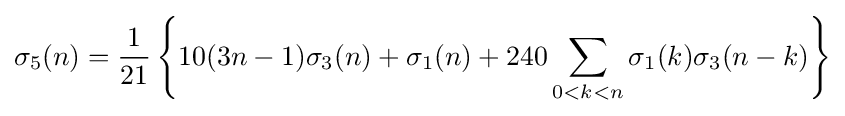
\sigma _{5}(n)={\frac {1}{21}}\left\{10(3n-1)\sigma _{3}(n)+\sigma _{1}(n)+240\sum _{0<k<n}\sigma _{1}(k)\sigma _{3}(n-k)\right\}